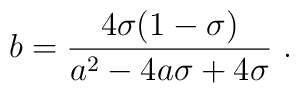
{{b}} = {4\sigma (1-\sigma) \over {{a}}^2 -4 {{a}}\sigma + 4 \sigma}\ .